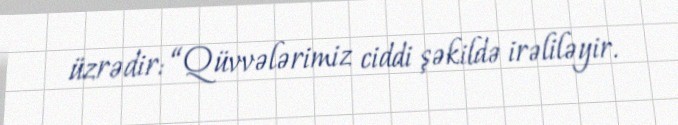
üzrədir: “Qüvvələrimiz ciddi şəkildə irəliləyir.